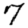
Digit: 7